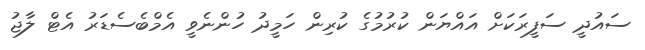
ސައުދީ ސަފީރަކަށް އައްޔަން ކުރުމުގެ ކުރިން ހަމީދު ހުންނެވީ އެމްބެސެޑަރު އެޓް ލާޖު